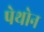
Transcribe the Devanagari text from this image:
पेथोन